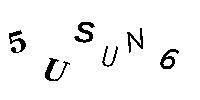
5USUN6